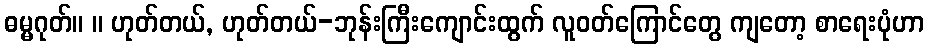
ဓမ္မဂုတ်။ ။ ဟုတ်တယ်, ဟုတ်တယ်-ဘုန်းကြီးကျောင်းထွက် လူဝတ်ကြောင်တွေ ကျတော့ စာရေးပုံဟာ